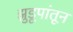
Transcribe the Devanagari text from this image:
झुडूपांतून